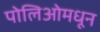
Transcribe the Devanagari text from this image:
पोलिओमधून